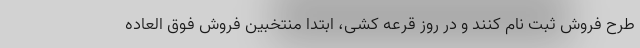
طرح فروش ثبت نام کنند و در روز قرعه کشی، ابتدا منتخبین فروش فوق العاده